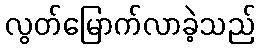
လွတ်မြောက်လာခဲ့သည်